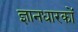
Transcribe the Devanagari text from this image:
ज्ञानधारकों